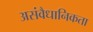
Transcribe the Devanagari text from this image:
असंवैधानिकता